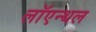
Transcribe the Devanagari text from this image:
लॉएन्थल